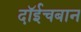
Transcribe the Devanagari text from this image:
दॉईचबान